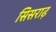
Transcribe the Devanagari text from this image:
सिसराढ़